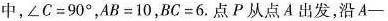
中，$$\angle C=90^{\circ}$$, $$AB=10$$, $$BC=6$$.点P从点A出发，沿A-